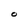
Character: O